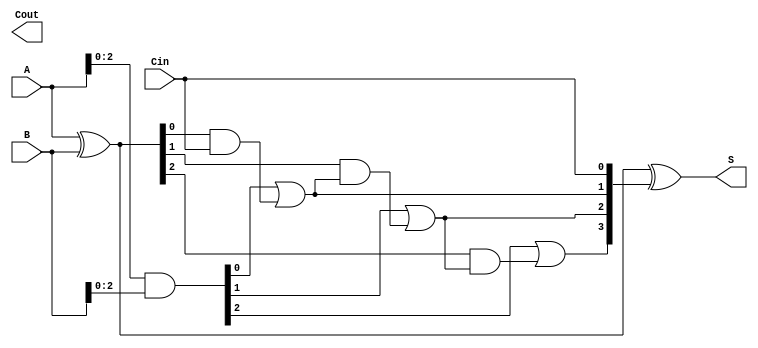
module ParallelPrefixAdder #(parameter n = 4) (
    input  wire [n-1:0] A,
    input  wire [n-1:0] B,
    input  wire Cin,
    output wire [n-1:0] S,
    output wire Cout
);

// Generate and Propagate signals
wire [n-1:0] G; // Generate
wire [n-1:0] P; // Propagate
wire [n:0] C;   // Carry

assign G = A & B;      // Generate: G[i] = A[i] & B[i]
assign P = A ^ B;      // Propagate: P[i] = A[i] ^ B[i]
assign C[0] = Cin;     // Initial carry-in

// Kogge-Stone Prefix Network for Carries
genvar i, j;
generate
    // Level 1
    for (i = 0; i < n; i = i + 1) begin
        if (i > 0) begin
            assign C[i] = G[i-1] | (P[i-1] & C[i-1]);
        end
    end

    // Optional: Level 2 to handle the carry propagation through additional stages
    // In the Kogge-Stone adder, we can further extend stages, but basic structure is shown.
    // In this implementation, we have just one level as a basic example. You can add levels as needed.
endgenerate

// Calculation of Sum bits
assign S = P ^ C[n-1:0]; // S[i] = P[i] ^ C[i]

// Final carry out
assign Cout = C[n]; // Carry out of the last stage

endmodule